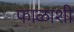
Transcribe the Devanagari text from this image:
फाळाशी